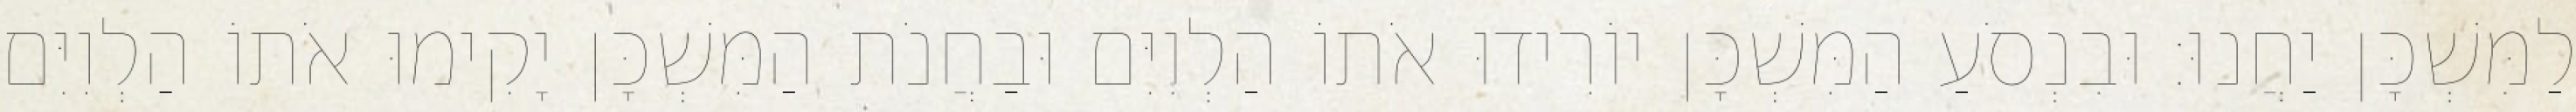
לַמִּשְׁכָּן יַחֲנוּ׃ וּבִנְסֹעַ הַמִּשְׁכָּן יוֹרִידוּ אֹתוֹ הַלְוִיִּם וּבַחֲנֹת הַמִּשְׁכָּן יָקִימוּ אֹתוֹ הַלְוִיִּם